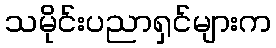
သမိုင်းပညာရှင်များက